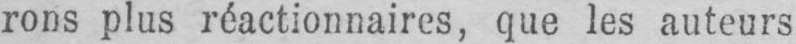
rons plus réactionnaires, que les auteurs